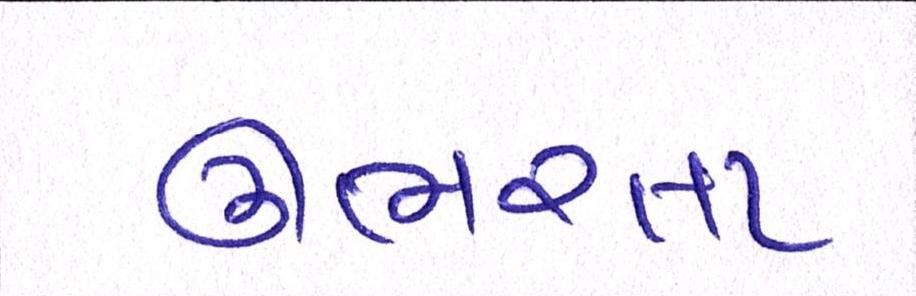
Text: ઊભરતા